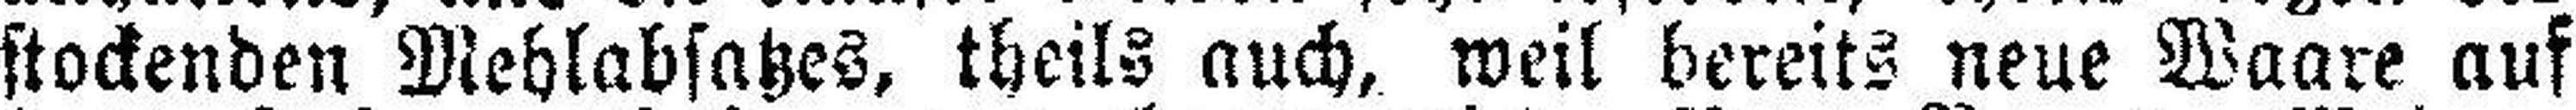
stockenden Mehlabsatzes, theils auch, weil bereits neue Waare auf